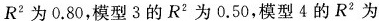
R^{2}为0.80，模型3的R^{2}为0.50，模型4的R^{2}为